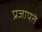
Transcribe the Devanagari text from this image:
प्रजापते